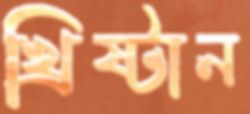
খ্রিষ্টান